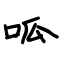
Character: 呱